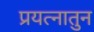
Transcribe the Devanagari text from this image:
प्रयत्नातुन